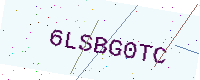
Text: 6LSBG0TC